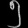
Digit: ၅